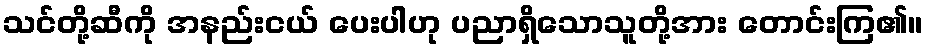
သင်တို့ဆီကို အနည်းငယ် ပေးပါဟု ပညာရှိသောသူတို့အား တောင်းကြ၏။